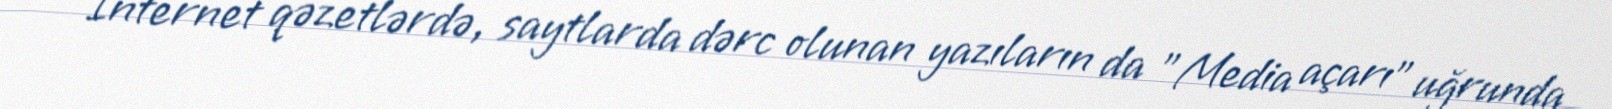
İnternet qəzetlərdə, saytlarda dərc olunan yazıların da "Media açarı" uğrunda